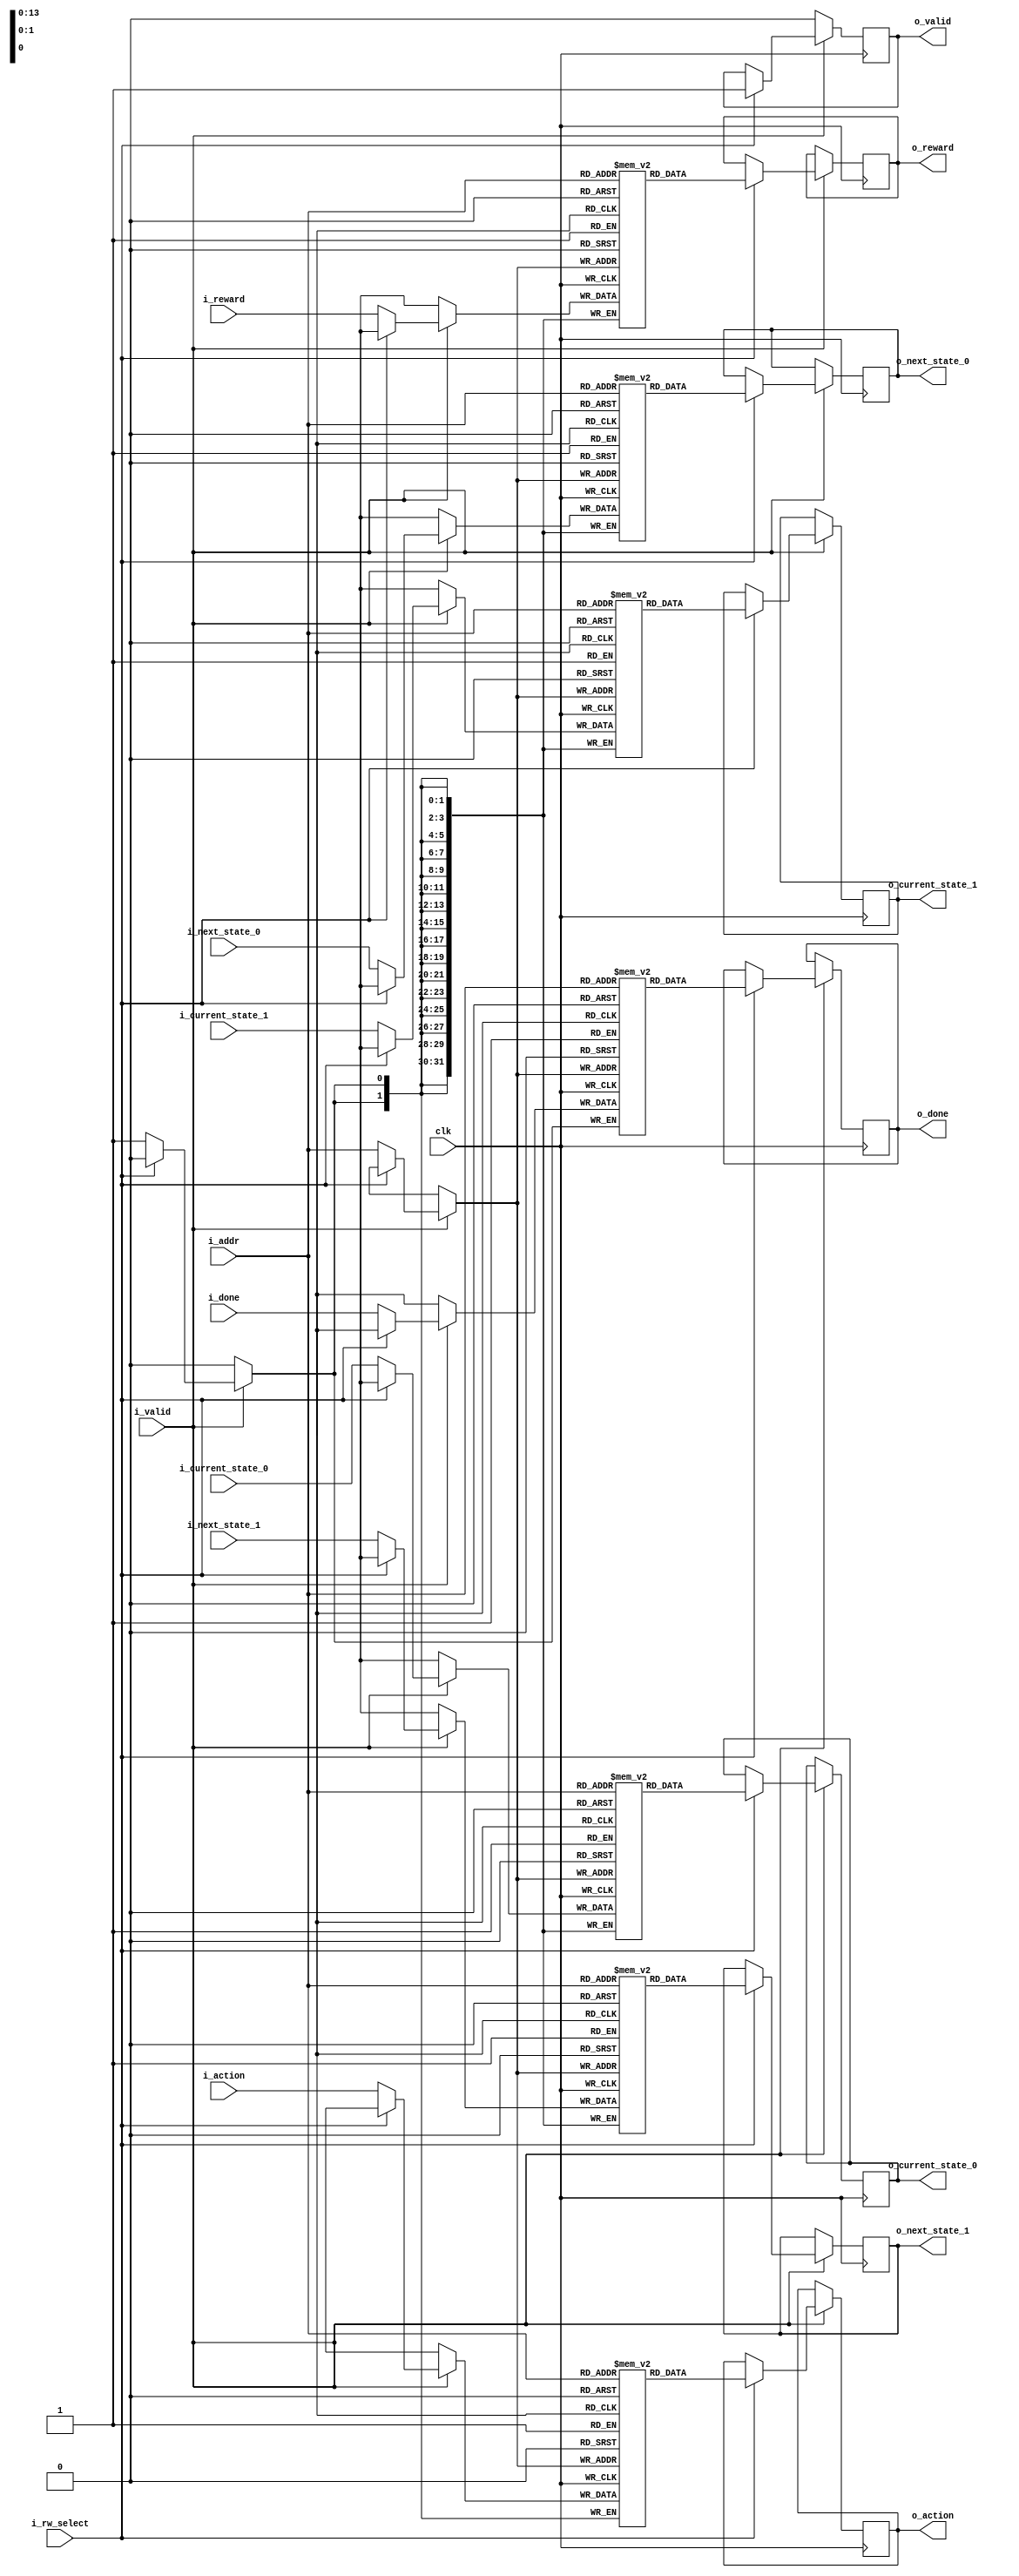
`timescale 1ns/1ps
module block_ram_replay
	#(	parameter DATA_WIDTH 		= 32,
		parameter MEMORY_WIDTH		= 10000,
		parameter ACTION_WIDTH		= 2
	)
	(	clk,
		i_valid,
		i_rw_select, // 0: write, 1: read
		i_addr,
		i_current_state_0,
		i_current_state_1,
		i_action,
		i_reward,
		i_next_state_0,
		i_next_state_1,
		i_done,
		o_valid,	
		o_current_state_0,
		o_current_state_1,
		o_action,
		o_reward,
		o_next_state_0,
		o_next_state_1,
		o_done
	);
	
	parameter MEMORY_ADDR_WIDTH = $clog2(MEMORY_WIDTH);
	
	//------------------------input and output port-----------------------//
	input										clk;
	input										i_valid;
	input 										i_rw_select;
	input		[MEMORY_ADDR_WIDTH-1:0]			i_addr;
	input		[DATA_WIDTH-1:0]				i_current_state_0;
	input		[DATA_WIDTH-1:0]				i_current_state_1;
	input		[ACTION_WIDTH-1:0]				i_action;
	input		[DATA_WIDTH-1:0]				i_reward;
	input		[DATA_WIDTH-1:0]				i_next_state_0;
	input		[DATA_WIDTH-1:0]				i_next_state_1;
	input										i_done;
	output reg 									o_valid;
	output reg	[DATA_WIDTH-1:0]				o_current_state_0;
	output reg	[DATA_WIDTH-1:0]				o_current_state_1;
	output reg	[ACTION_WIDTH-1:0]				o_action;
	output reg	[DATA_WIDTH-1:0]				o_reward;
	output reg	[DATA_WIDTH-1:0]				o_next_state_0;
	output reg	[DATA_WIDTH-1:0]				o_next_state_1;
	output reg									o_done;
	//--------------------------------------------------------------------//
	
	//----------------------------------------------------------------------//
	(* RAM_STYLE="BLOCK" *)
	reg [DATA_WIDTH-1:0] 		ram_current_state_0 	[MEMORY_WIDTH-1:0];
	reg [DATA_WIDTH-1:0] 		ram_current_state_1 	[MEMORY_WIDTH-1:0];
	reg [ACTION_WIDTH-1:0] 		ram_action 				[MEMORY_WIDTH-1:0];
	reg [DATA_WIDTH-1:0] 		ram_reward 				[MEMORY_WIDTH-1:0];
	reg [DATA_WIDTH-1:0] 		ram_next_state_0		[MEMORY_WIDTH-1:0];
	reg [DATA_WIDTH-1:0] 		ram_next_state_1		[MEMORY_WIDTH-1:0];
	reg 						ram_done				[MEMORY_WIDTH-1:0];			
	//----------------------------------------------------------------------//
	
	integer i;
	always @(posedge clk) begin
		if (i_valid) begin
			if (i_rw_select) begin	// read
				o_valid				<= 1;
				o_current_state_0 	<= ram_current_state_0	[i_addr];
				o_current_state_1 	<= ram_current_state_1	[i_addr];
				o_action			<= ram_action			[i_addr];
				o_reward			<= ram_reward			[i_addr];
				o_next_state_0		<= ram_next_state_0		[i_addr];
				o_next_state_1		<= ram_next_state_1		[i_addr];
				o_done				<= ram_done				[i_addr];
			end
			else begin	// write
				ram_current_state_0	[i_addr] <= i_current_state_0;
				ram_current_state_1	[i_addr] <= i_current_state_1;
				ram_action			[i_addr] <= i_action;
				ram_reward			[i_addr] <= i_reward;
				ram_next_state_0	[i_addr] <= i_next_state_0;
				ram_next_state_1	[i_addr] <= i_next_state_1;
				ram_done			[i_addr] <= i_done;
			end
		end
		else o_valid <= 0;
	end
	
	
	// function for clog2
	function integer clog2;
	input integer value;
	begin
		value = value-1;
		for (clog2=0; value>0; clog2=clog2+1)
			value = value>>1;
	end
	endfunction
endmodule